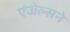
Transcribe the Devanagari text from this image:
एंजेल्सने